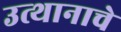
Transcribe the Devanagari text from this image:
उत्थानाचे